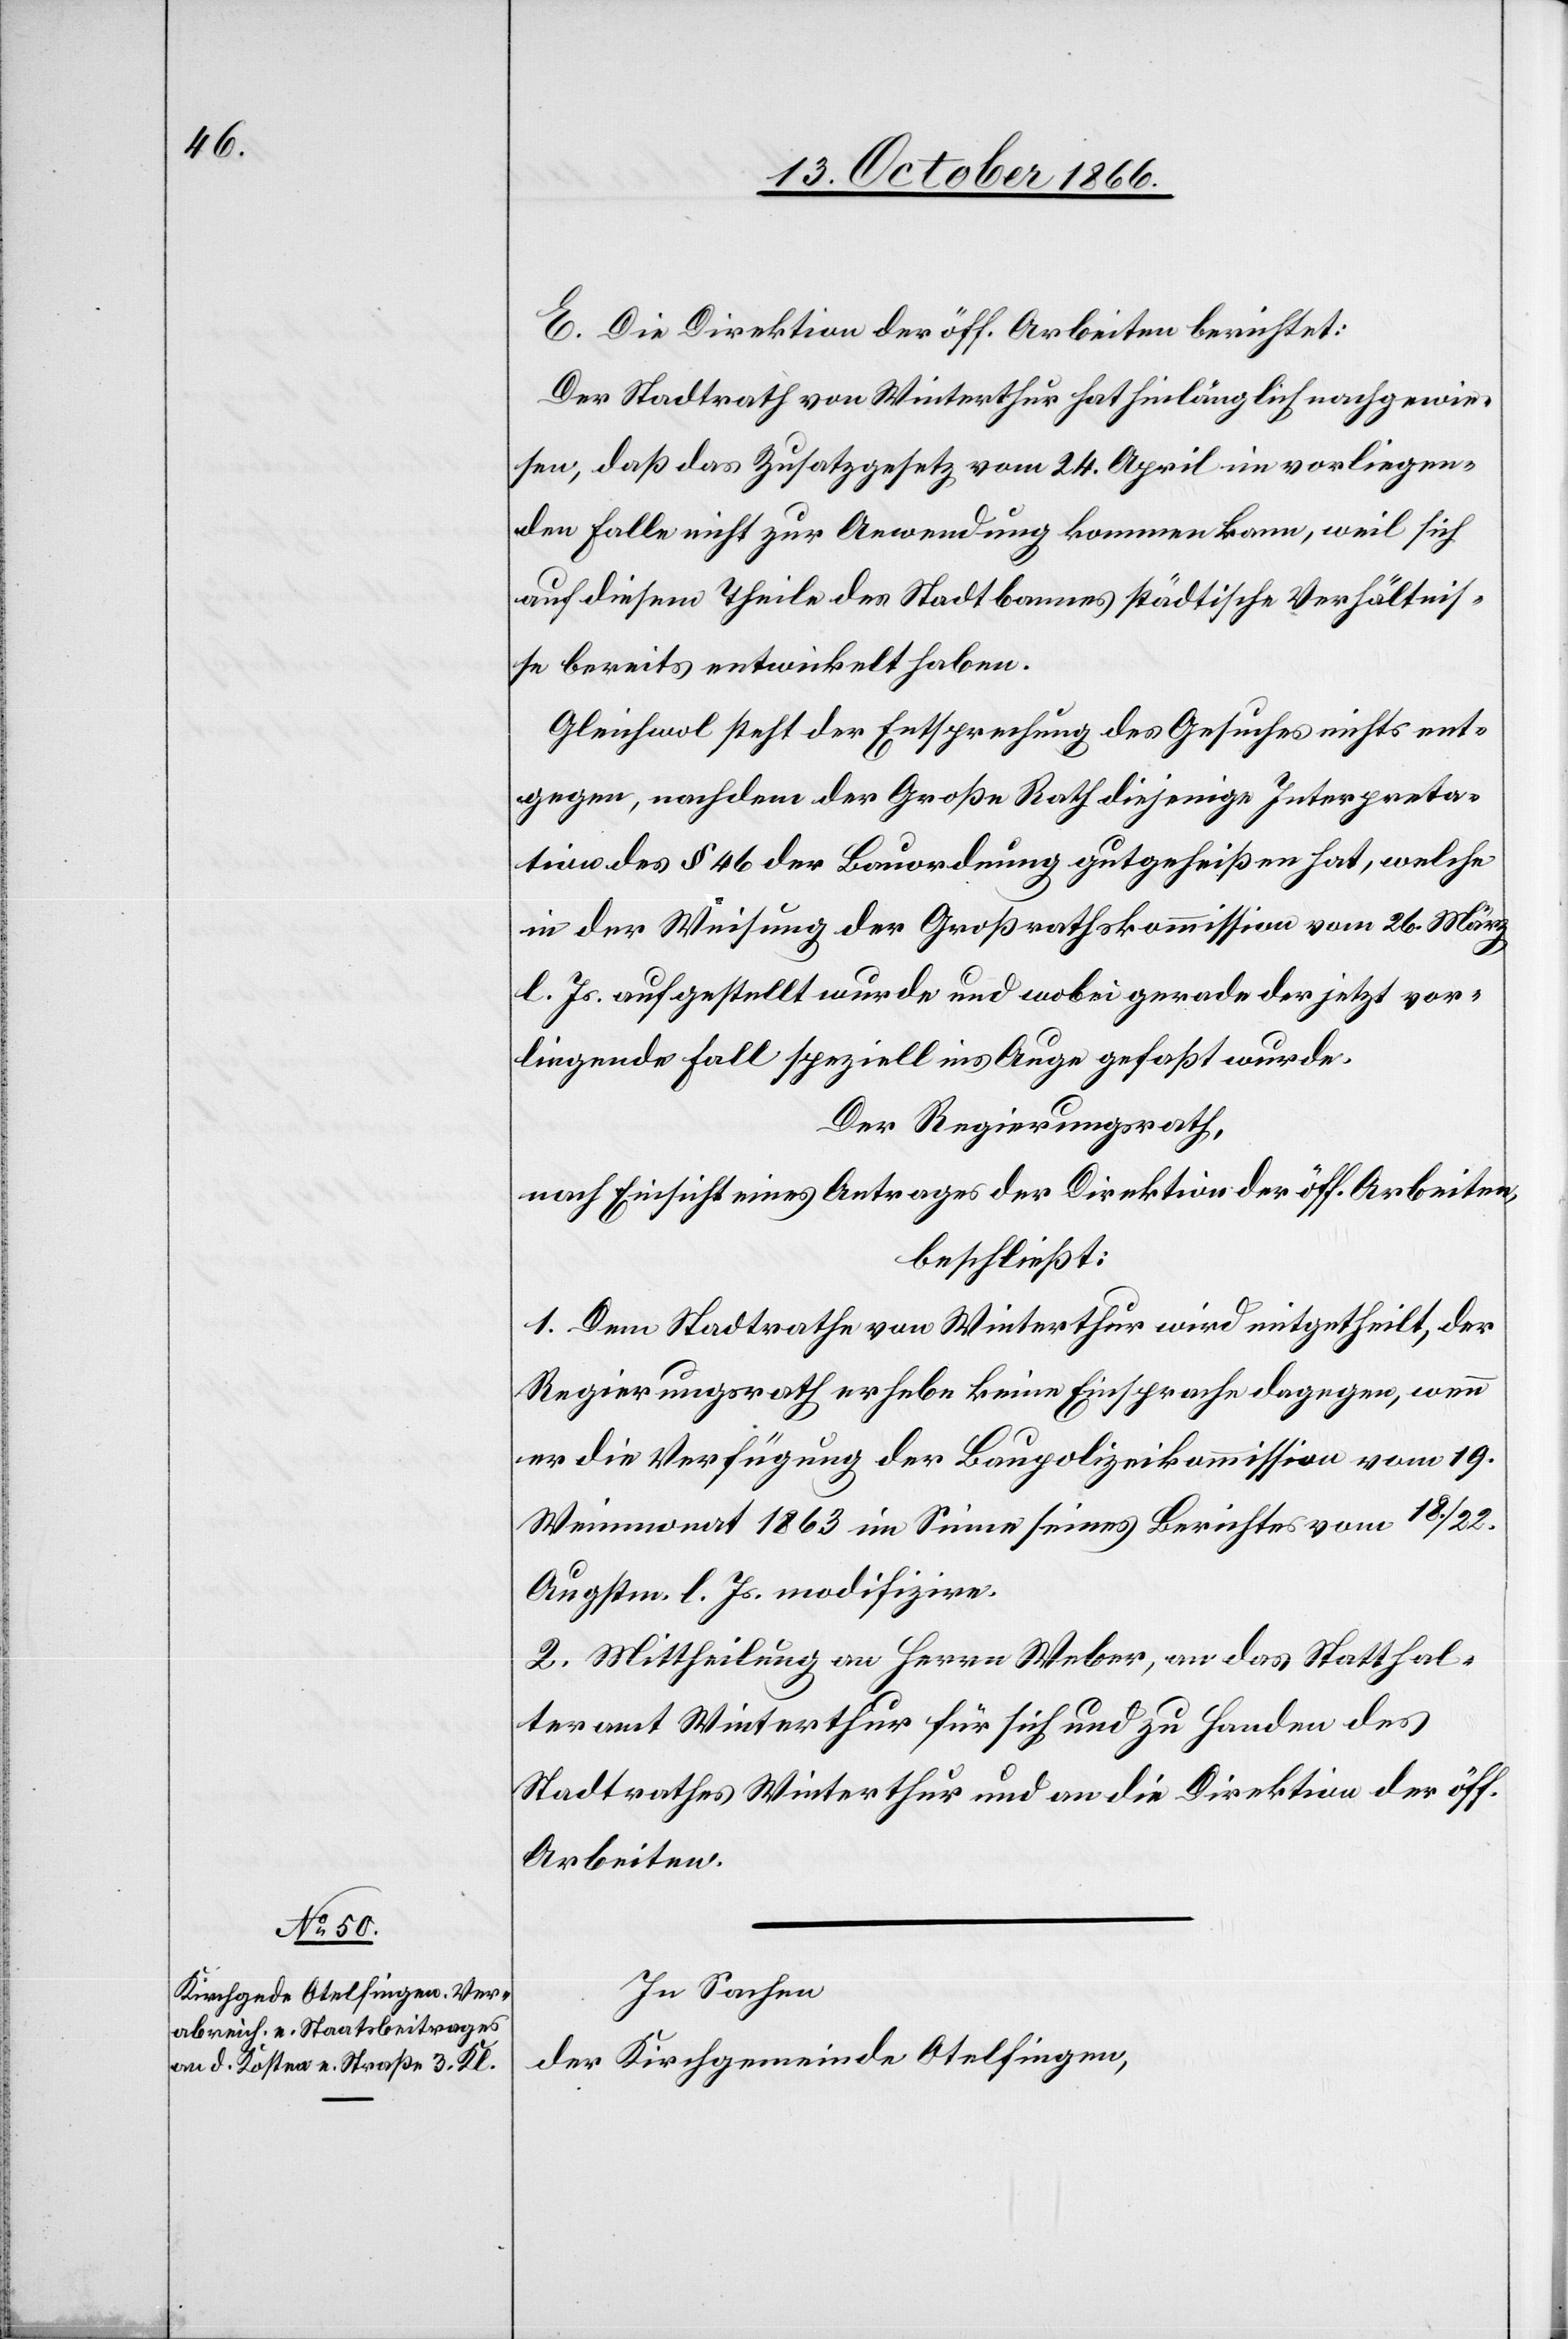
E. Die Direktion der öff. Arbeiten berichtet:
Der Stadtrath von Winterthur hat hinlänglich nachgewie¬
sen, daß das Zusatzgesetz vom 24. April im vorliegen¬
den Falle nicht zur Anwendung kommen kann, weil sich
auf diesem Theile des Stadtbannes städtische Verhältnis¬
se bereits entwickelt haben.
Gleichwol steht der Entsprechung des Gesuches nichts ent¬
gegen, nachdem der Große Rath diejenige Interpreta¬
tion des § 46 der Bauordnung gutgeheißen hat, welche
in der Weisung der Großrathskommission vom 26. März
l. Js. aufgestellt wurde und wobei gerade der jetzt vor¬
liegende Fall speziell ins Auge gefaßt wurde.
Der Regierungsrath,
nach Einsicht eines Antrages der Direktion der öff. Arbeiten,
beschließt:
1. Dem Stadtrathe von Winterthur wird mitgetheilt, der
Regierungsrath erhebe keine Einsprache dagegen, wenn
er die Verfügung der Baupolizeikommission vom 19.
Weinmonat 1863 im Sinne seines Berichtes vom 18./22..
Augstm. l. Js. modifizire.
2. Mittheilung an Herrn Weber, an das Statthal¬
teramt Winterthur für sich und zu Handen des
Stadtrathes Winterthur und an die Direktion der öff.
Arbeiten.
In Sachen
der Kirchgemeinde Otelfingen,